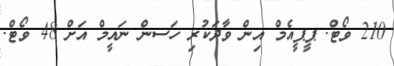
210 ވޯޓް. ޕީޕީއެމް އިން ވާދަކުރި ހަސން ނައީމް އަށް 48 ވޯޓް.